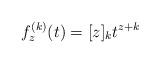
LaTeX: \begin{align*}f_z^{(k)}(t) = [z]_kt^{z+k}\end{align*}